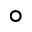
^ \circ